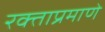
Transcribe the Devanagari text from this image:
रक्ताप्रमाणे